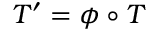
T ^ { \prime } = \phi \circ T